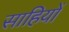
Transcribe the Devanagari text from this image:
साहियों